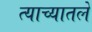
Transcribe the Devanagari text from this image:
त्याच्यातले